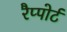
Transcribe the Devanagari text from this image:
रैप्पोर्ट